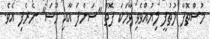
މުސްތޮފާ ލުތުފީ ލިޔުއްވެވި ވާހަކަ ފޮތް "ސަންފަ އާއި މޫސަ" ނެރެފި އެވެ.